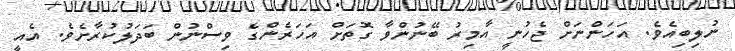
ނުލިބިއެވެ. އަހަންނަށް ޖެހުނީ އާމިރު ބޭނުންވާ ގޮތަށް އަހަރެންގެ ވިސްނުން ބަދަލުކުރާށެވެ. އެއީ